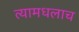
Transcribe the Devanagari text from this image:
त्यामधलाच